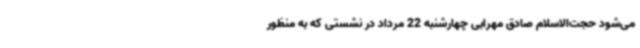
می‌شود حجت‌الاسلام صادق مهرابی چهارشنبه 22 مرداد در نشستی که به منظور